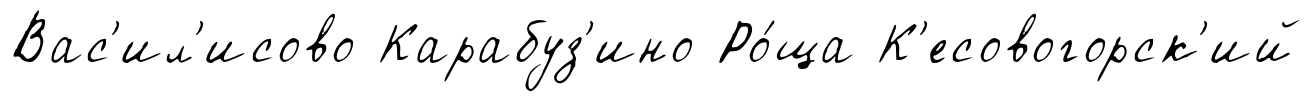
Вас'ил'исово Карабуз'ино Ро́ща К'есовогорск'ий